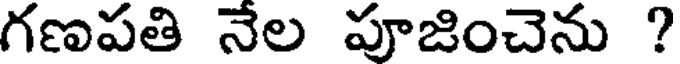
గణపతి నేల పూజించెను ?